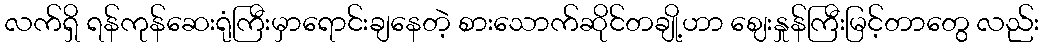
လက်ရှိ ရန်ကုန်ဆေးရုံကြီးမှာရောင်းချနေတဲ့ စားသောက်ဆိုင်တချို့ဟာ ဈေးနှုန်ကြီးမြင့်တာတွေ လည်း